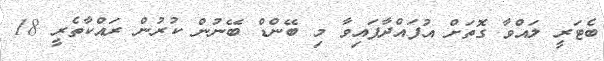
ބެޓަރީ ލައްވާ ގޮތަށް އުފައްދާފައިވާ މި ބޭންޑް ބޭނުން ކުރުން ރައްކާތެރީ 18